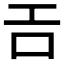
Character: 𢀛